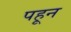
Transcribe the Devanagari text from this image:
पहून